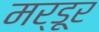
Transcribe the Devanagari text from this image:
मर्डूर